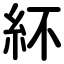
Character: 紑